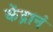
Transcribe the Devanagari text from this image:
केंद्रानं